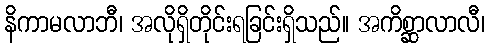
နိကာမလာဘီ၊ အလိုရှိတိုင်းရခြင်းရှိသည်။ အကိစ္ဆာလာလီ၊